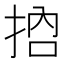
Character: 𢬷